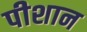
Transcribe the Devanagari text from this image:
पीशान